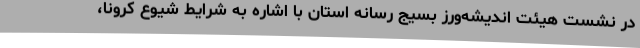
در نشست هیئت اندیشه‌ورز بسیج رسانه استان با اشاره به شرایط شیوع کرونا،